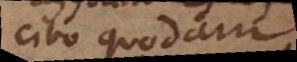
cibo quodam